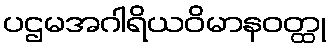
ပဌမအဂါရိယဝိမာနဝတ္ထု